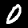
Label: 0